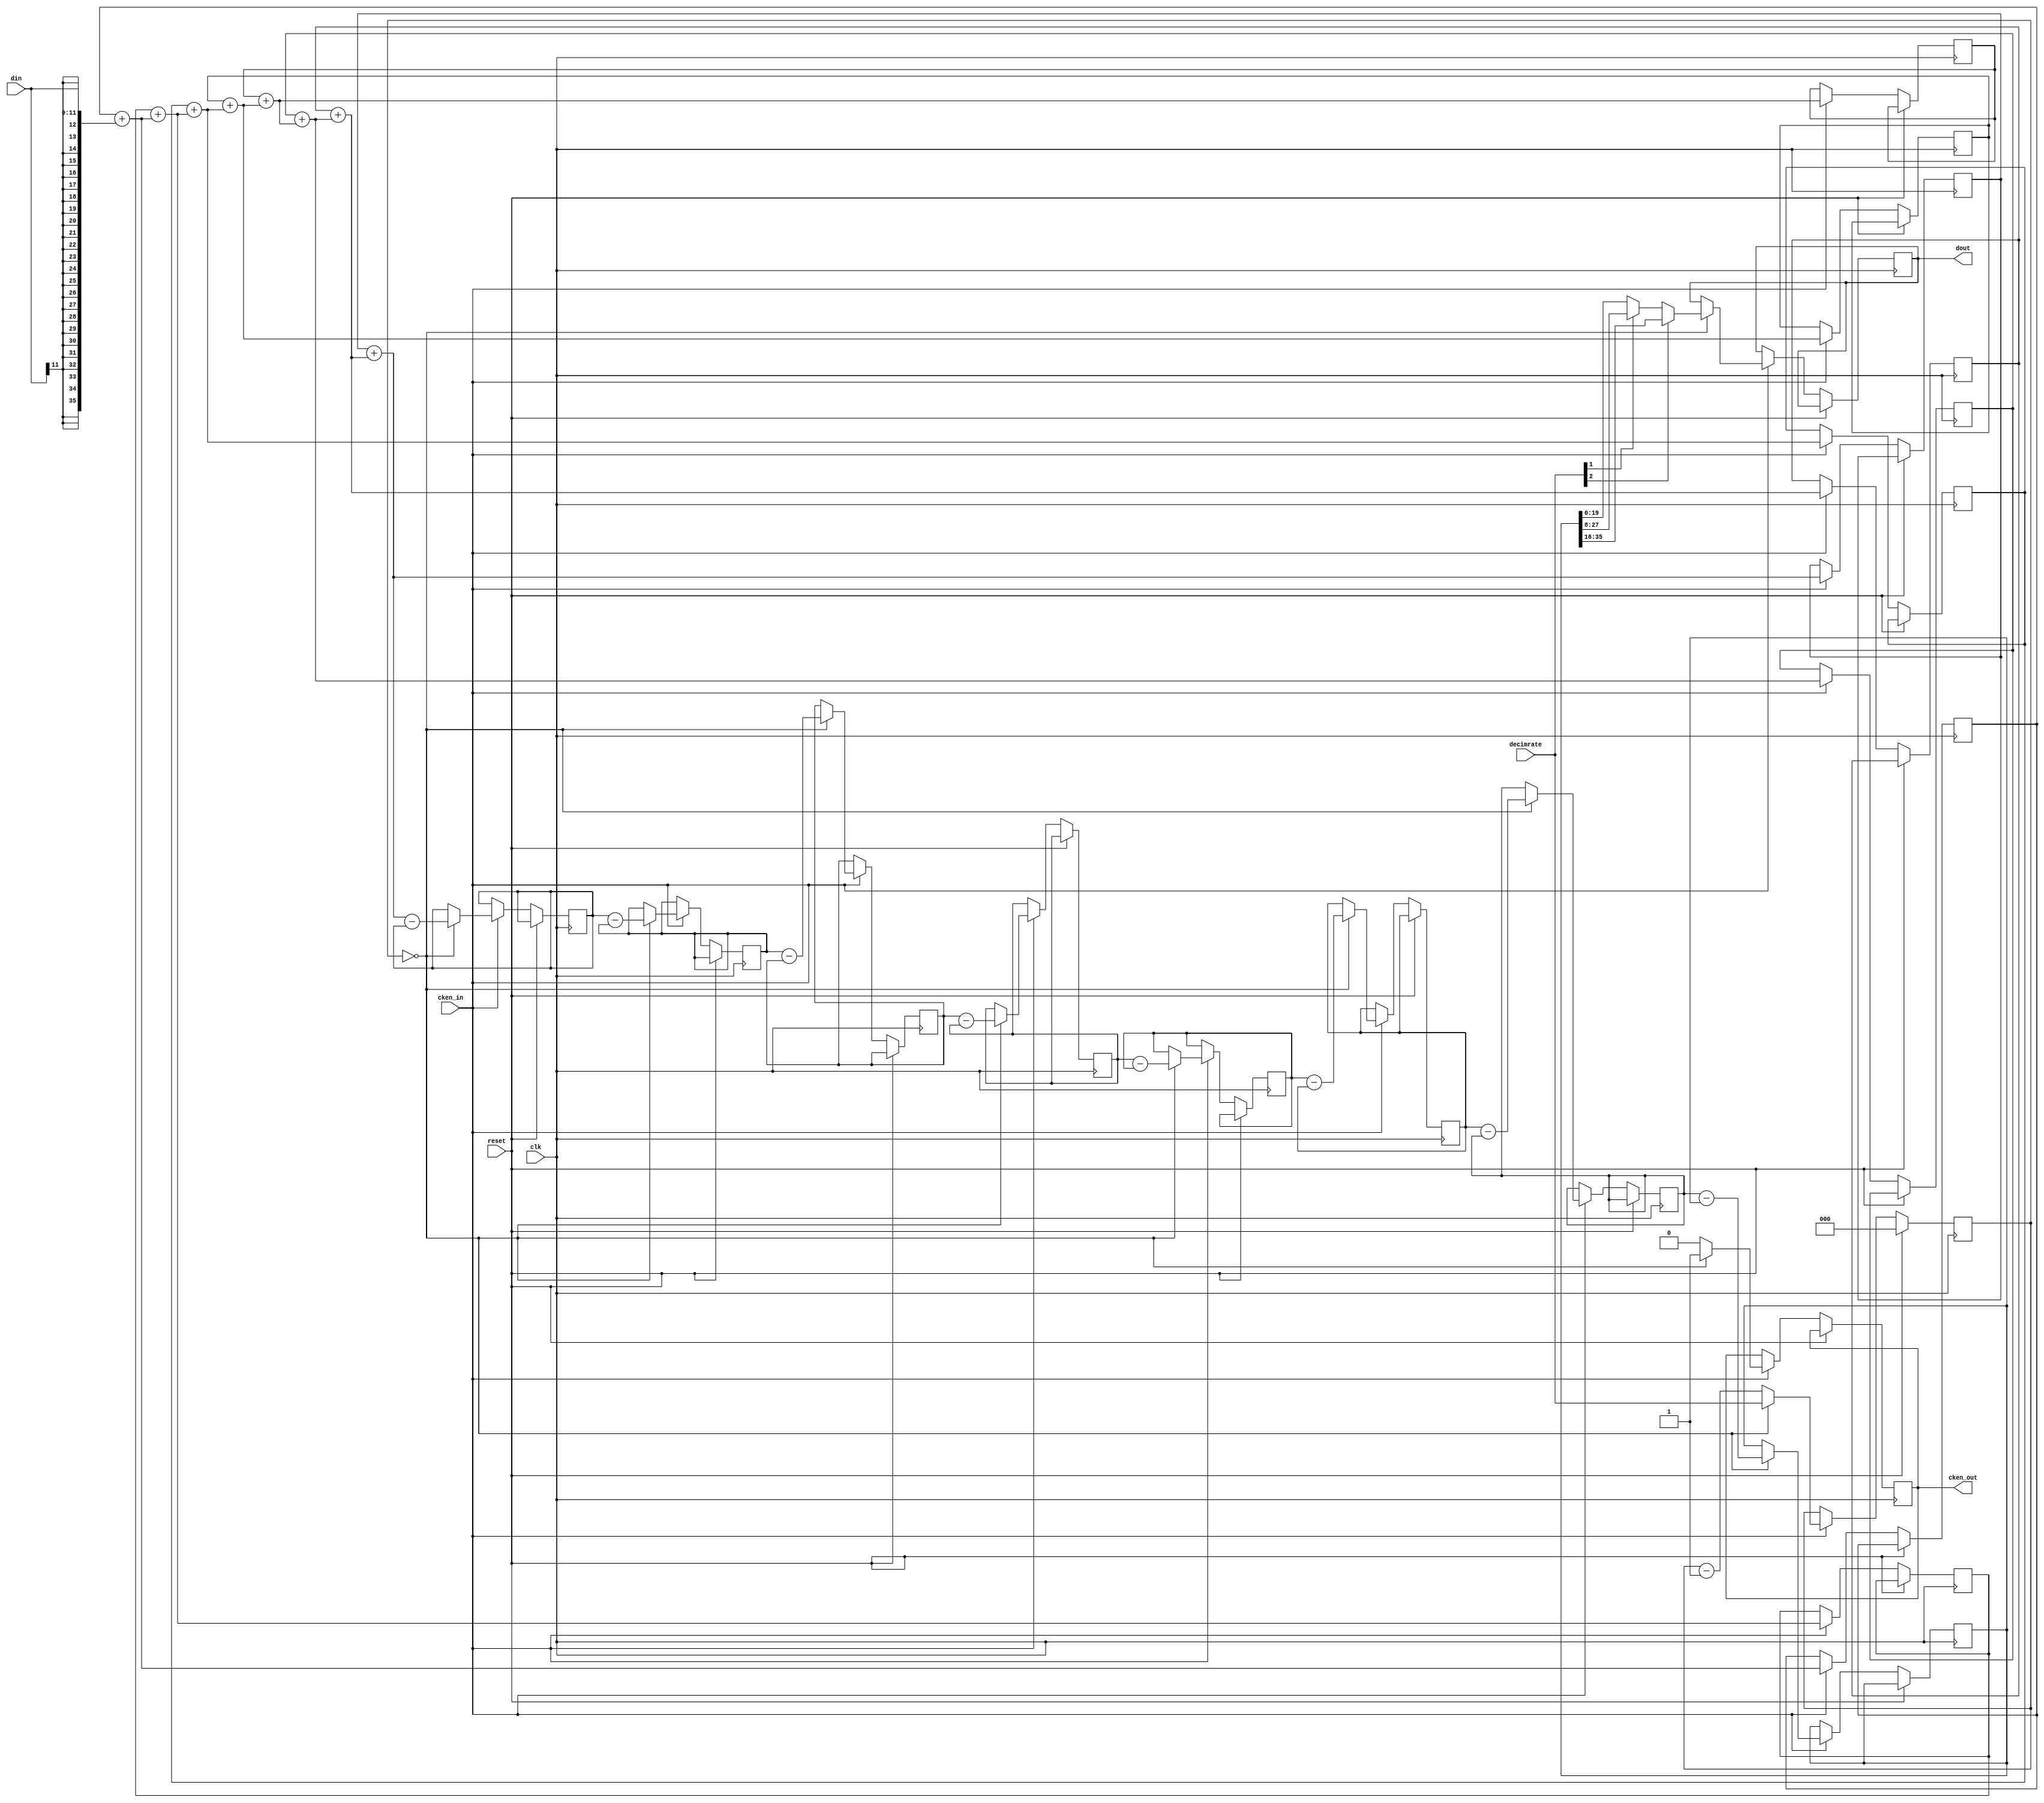
module cic_decim_8_12_20(clk, cken_in, cken_out, decimrate, reset, din, dout);
   input [11:0]    din;
   input [2:0]     decimrate; /* Set to decimrate - 1*/     
   output [19:0]   dout;
   reg [19:0]      dout;
   input           clk, cken_in, reset;
   output          cken_out;
   reg             cken_out;       
   reg [35:0]      i0, i1, i2, i3, i4, i5, i6, i7;
   reg [35:0]      d0, d1, d2, d3, d4, d5, d6, d7;
   reg [2:0]       decimcount; 
   always @(posedge clk)
     if(reset == 1'b1)
       decimcount <= 0;
     else if(cken_in == 1'b1)
       begin
          /* Integrators */
          i0 = i0 + {{24{din[11]}}, din};
          i1 = i1 + i0;
          i2 = i2 + i1;
          i3 = i3 + i2;
          i4 = i4 + i3;
          i5 = i5 + i4;
          i6 = i6 + i5;
          i7 = i7 + i6;
          /* Decimator */
          if(decimcount == 0)
            begin
               decimcount <= decimrate;
               cken_out <= 1'b1;
               /* Differentiators */
               d0 <= i7 - d0;
               d1 <= d0 - d1;
               d2 <= d1 - d2;
               d3 <= d2 - d3;
               d4 <= d3 - d4;
               d5 <= d4 - d5;
               d6 <= d5 - d6;
               d7 <= d6 - d7;
               /* Bit shifter */
               if(decimrate[2] == 1'b1)
                 dout <= d7[35:16];
               else if(decimrate[1] == 1'b1)
                 dout <= d7[27:8];
               else
                 dout <= d7[19:0];
            end // if (decimcount == 0)
          else
            begin
               decimcount = decimcount - 1;
               cken_out <= 1'b0;
            end // else: !if(decimcount == 0)
       end // if (cken_in)
endmodule